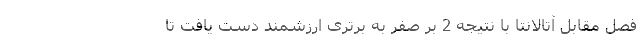
فصل مقابل آتالانتا با نتیجه 2 بر صفر به برتری ارزشمند دست یافت تا